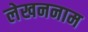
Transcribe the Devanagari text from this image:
लेखननाम